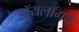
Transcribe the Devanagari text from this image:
डॉयलॉगचे